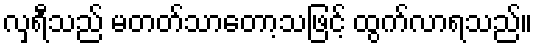
လှရီသည် မတတ်သာတော့သဖြင့် ထွက်လာရသည်။